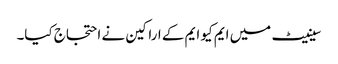
سینیٹ میں ایم کیو ایم کے اراکین نے احتجاج کیا۔